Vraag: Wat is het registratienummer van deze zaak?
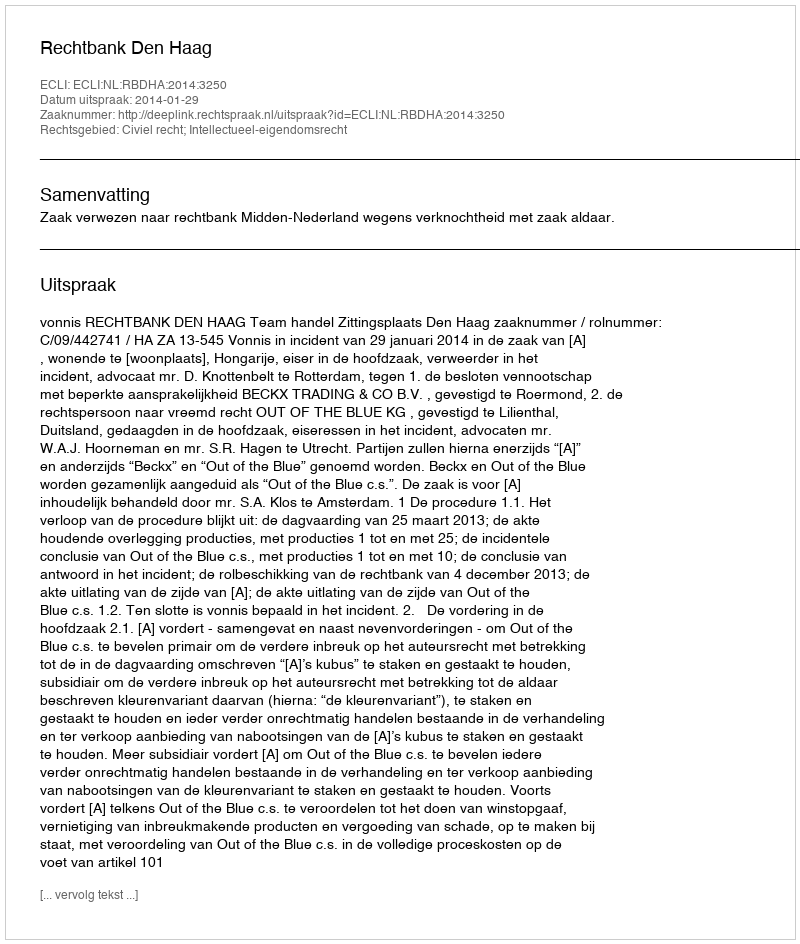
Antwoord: http://deeplink.rechtspraak.nl/uitspraak?id=ECLI:NL:RBDHA:2014:3250